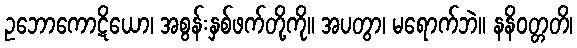
ဥဘောကောဋိယော၊ အစွန်းနှစ်ဖက်တို့ကို။ အပတွာ၊ မရောက်ဘဲ။ နနိဝတ္တတိ၊